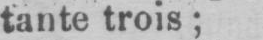
tante trois;